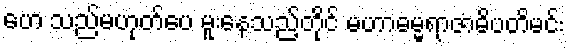
ဟေ သည်မဟုတ်ပေ မူးနေသည့်တိုင် မဟာဓမ္မရာဇာဓိပတိမင်း